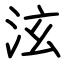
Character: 泫